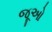
જૂઓ